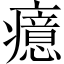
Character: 癔